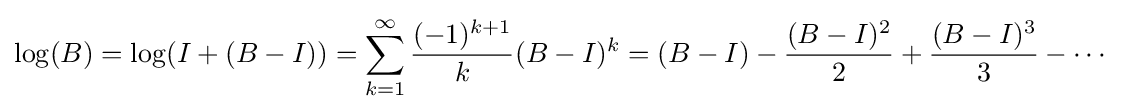
\log(B)=\log(I+(B-I))=\sum _{k=1}^{\infty }{\frac {(-1)^{k+1}}{k}}(B-I)^{k}=(B-I)-{\frac {(B-I)^{2}}{2}}+{\frac {(B-I)^{3}}{3}}-\cdots